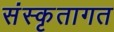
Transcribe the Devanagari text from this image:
संस्कृतागत